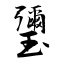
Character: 瓕